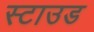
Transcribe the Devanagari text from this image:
स्टाउड